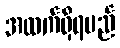
အထက်ရှိရမည်